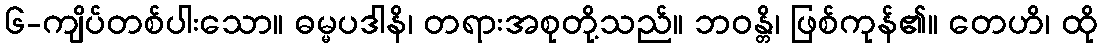
၆-ကျိပ်တစ်ပါးသော။ ဓမ္မပဒါနိ၊ တရားအစုတို့သည်။ ဘဝန္တိ၊ ဖြစ်ကုန်၏။ တေဟိ၊ ထို